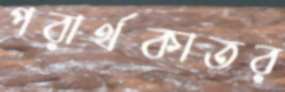
পরার্থকাতর